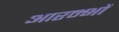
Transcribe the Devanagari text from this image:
आरम्भों